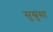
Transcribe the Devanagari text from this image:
सुस्रुसा